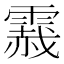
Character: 𲊂